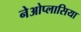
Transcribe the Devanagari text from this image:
नेओप्लासिया